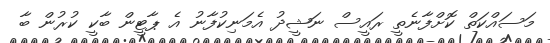
މަސައްކަތް ކޮށްފާނެތީ ރައީސް ނަޝީދު އެމަނިކުފާނު އެ ޕާޓީން ބާކީ ކުރުން ބާ